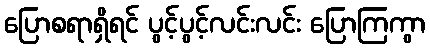
ပြောစရာရှိရင် ပွင့်ပွင့်လင်းလင်း ပြောကြကွာ